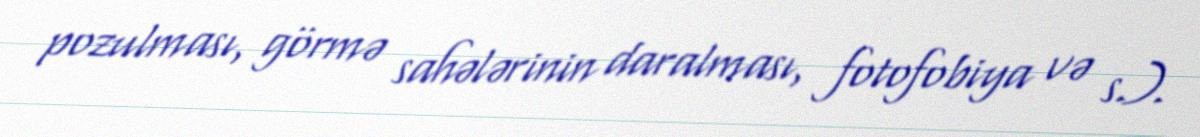
pozulması, görmə sahələrinin daralması, fotofobiya və s.).